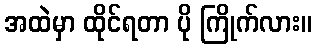
အထဲမှာ ထိုင်ရတာ ပို ကြိုက်လား။